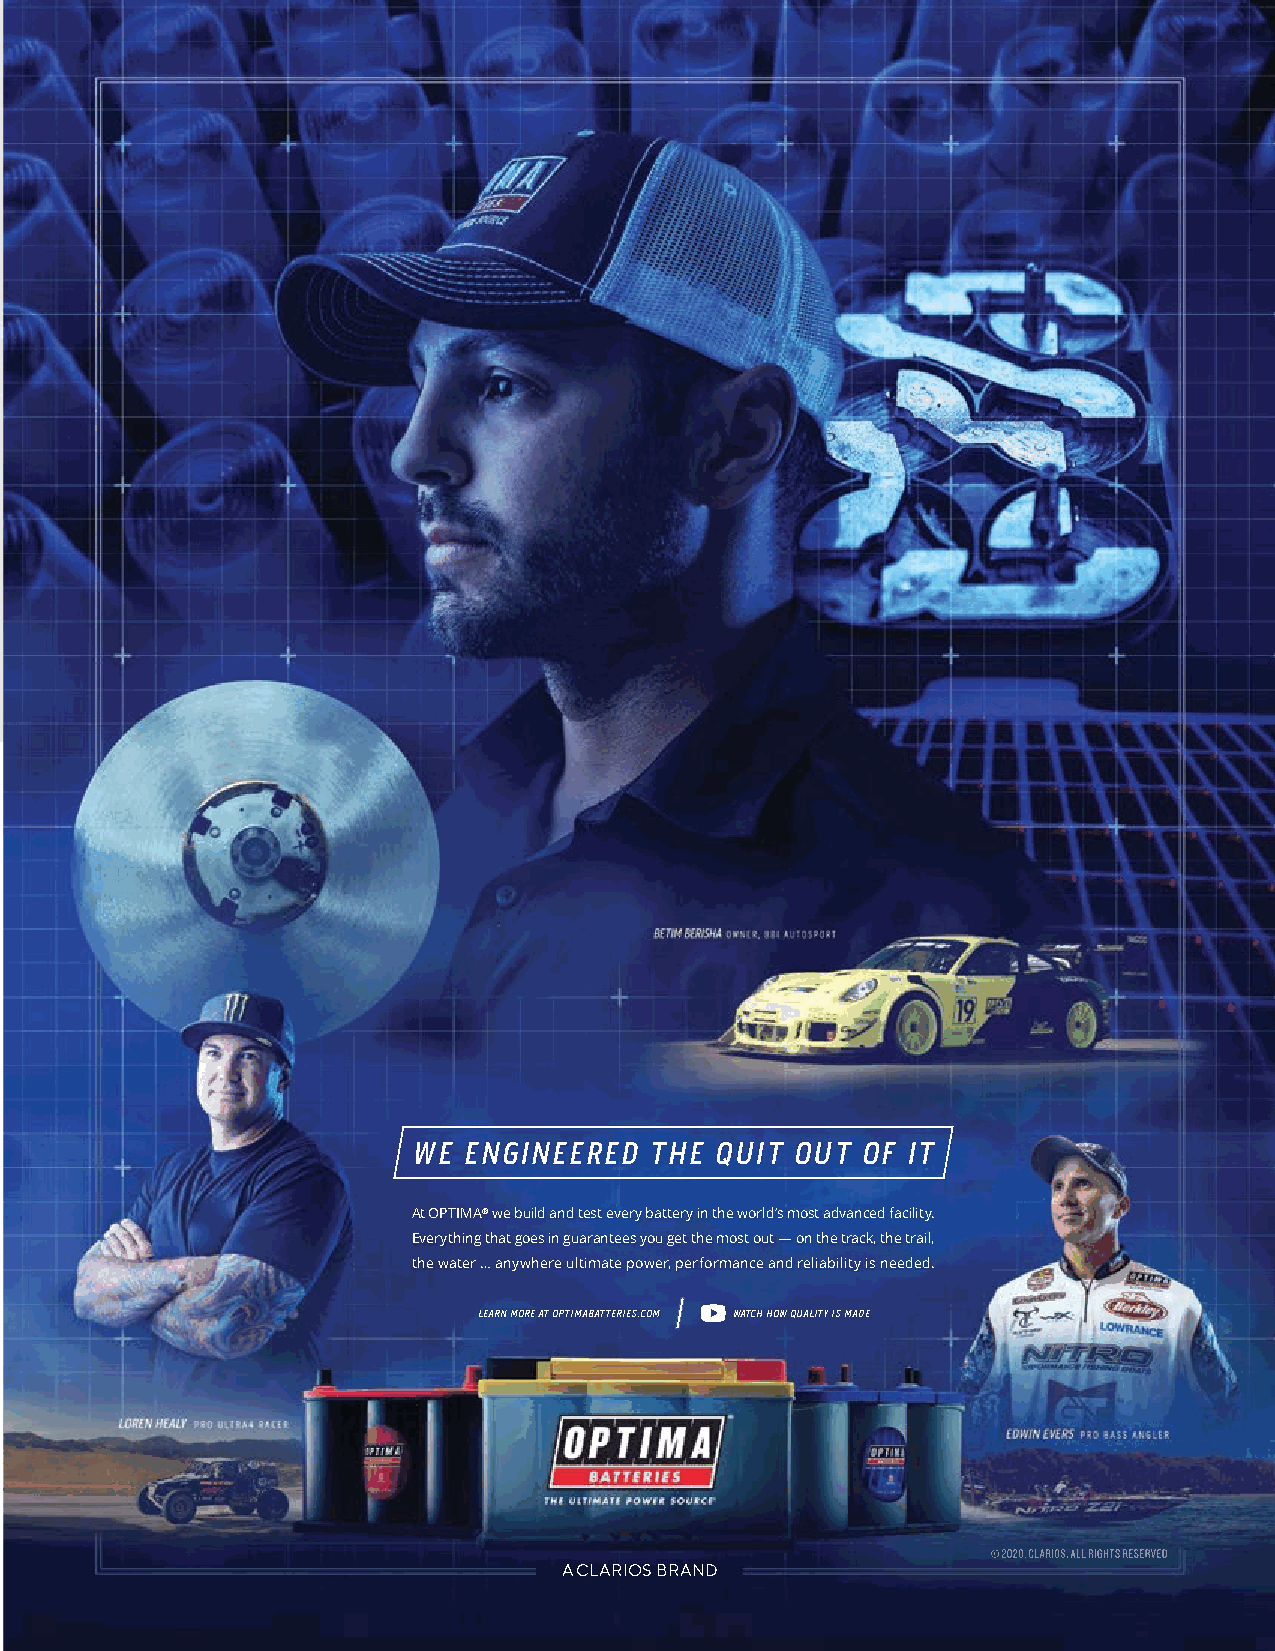
16676_Optima_Quality_Print_Anthem
 Trim:  8.5"  W  x 11"  H • Live:  .5" • Bleed:  .125"
 WE ENGINEERED   THE QUIT OUT  OF IT
 At OPTIMA® we build and test every battery in the world’s most advanced facility.
 Everything that goes in guarantees you get the most out — on the track, the trail,
 the water … anywhere ultimate power, performance and reliability is needed.
 LEARN MORE AT OPTIMABATTERIES.COM WATCH HOW QUALITY IS MADE
 © 2020, CLARIOS. ALL RIGHTS RESERVED.
 A CLARIOS BRAND
 WINTER 2021-22                                                          39
 1166667766__OOppttiimmaa__QQuuaalliittyy__PPrriinntt__AAnntthheemm__88..55xx1111..iinndddd 11 99//2288//2200 33::5533 PPMM